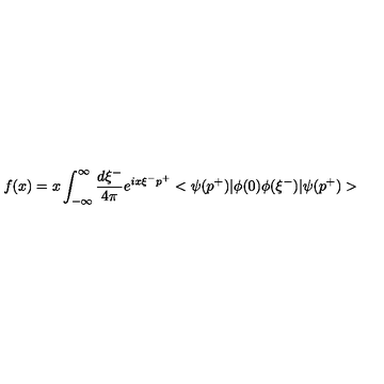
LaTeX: f ( x ) = x \int _ { - \infty } ^ { \infty } \frac { d \xi ^ { - } } { 4 \pi } e ^ { i x \xi ^ { - } p ^ { + } } < \psi ( p ^ { + } ) | \phi ( 0 ) \phi ( \xi ^ { - } ) | \psi ( p ^ { + } ) >